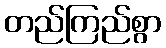
တည်ကြည်စွာ